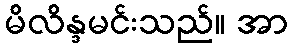
မိလိန္ဒမင်းသည်။ အာ